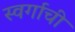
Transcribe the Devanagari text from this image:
स्वर्गाची